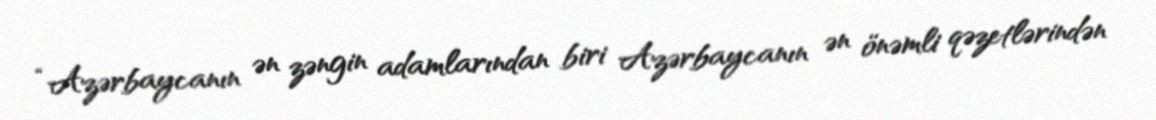
“Azərbaycanın ən zəngin adamlarından biri Azərbaycanın ən önəmli qəzetlərindən